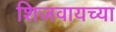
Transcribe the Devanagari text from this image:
शिजवायच्या